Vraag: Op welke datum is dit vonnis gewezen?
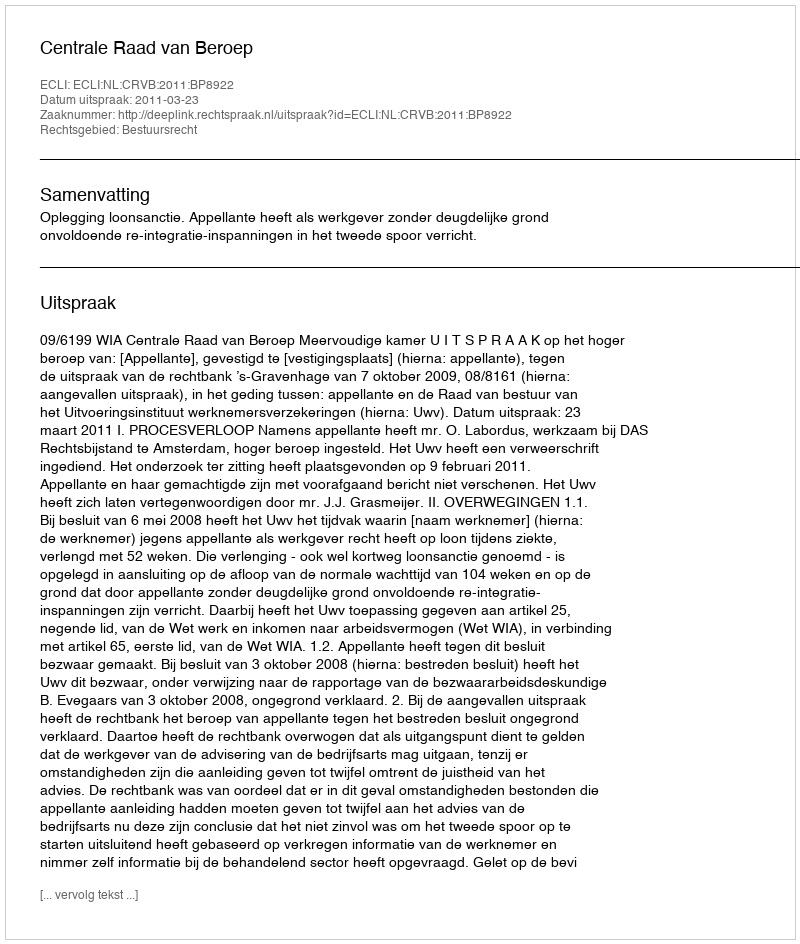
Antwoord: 2011-03-23